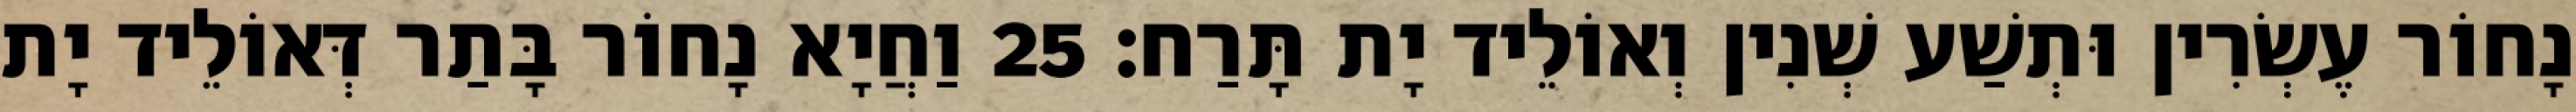
נָחוֹר עֶשְׂרִין וּתְשַׁע שְׁנִין וְאוֹלֵיד יָת תָּרַח׃ 25 וַחֲיָא נָחוֹר בָּתַר דְּאוֹלֵיד יָת